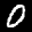
Label: 0